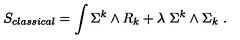
S _ { c l a s s i c a l } = \int \Sigma ^ { k } \wedge R _ { k } + \lambda \ \Sigma ^ { k } \wedge \Sigma _ { k } \ .